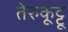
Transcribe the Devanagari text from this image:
तेरुकूट्टू